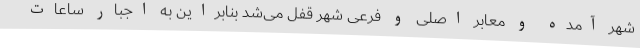
شهر آمده و معابر اصلی و فرعی شهر قفل می‌شد بنابراین به اجبار ساعات